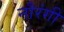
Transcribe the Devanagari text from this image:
नौरंगी